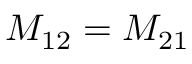
M _ { 1 2 } = M _ { 2 1 }